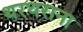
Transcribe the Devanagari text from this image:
थरथराना